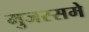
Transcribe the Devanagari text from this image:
मुजस्समे